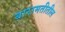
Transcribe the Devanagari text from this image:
बारामतीतील